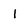
Character: 1